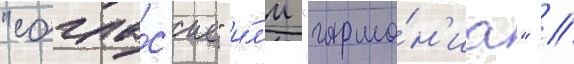
"согла́с'ие" и́л'и "гармо́н'иа" //